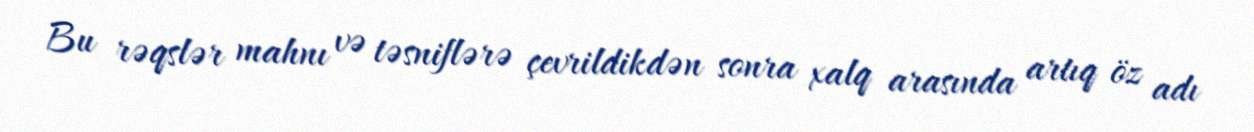
Bu rəqslər mahnı və təsniflərə çevrildikdən sonra xalq arasında artıq öz adı